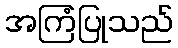
အကြံပြုသည်